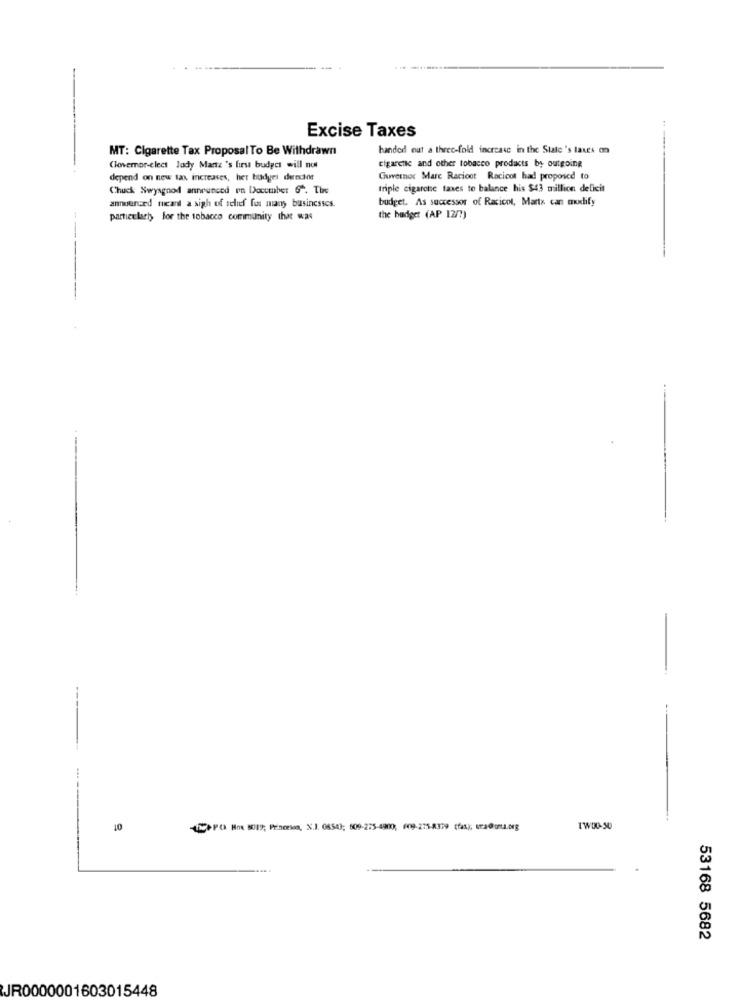
Excise Taxes
MT: Cigarette Tax ProposalTo Be Withdrawn
handed out a three-fold increase in the State's taxes on
cigarctic and other tobacco products by outgoing
Cloveror-elect lady Mantz's first budget will not
depend on new tax increases, her budgei dencor
Governor Mare Racioot Racicot had proposed to
Chuck Swyagood announced on December 6". Tire
triple cigarche taxes to balance his $43 million deficit
announced micand a sigh of schief for many businesses.
budget. As successor of Racicot, Marta can modify
particularly for the tobacco community that was
the budget (AP 12/7)
10
PO Ho 8019; Princeton, X.J. 08543; 509-275-4900, 609-275-8339 (fas); ura@oma.meg
1W00-50
53168 5682
JR0000001603015448